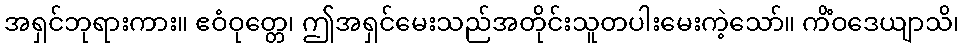
အရှင်ဘုရားကား။ ဧဝံဝုတ္တေ၊ ဤအရှင်မေးသည်အတိုင်းသူတပါးမေးကဲ့သော်။ ကိံဝဒေယျာသိ၊